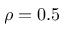
\rho = 0 . 5